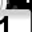
Digit: 1